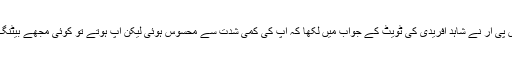
ڈی جی آئی ایس پی آر نے شاہد آفریدی کی ٹویٹ کے جواب میں لکھا کہ آپ کی کمی شدت سے محسوس ہوئی لیکن آپ ہوتے تو کوئی مجھے بیٹنگ نہ کرنے دیتا۔